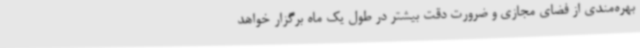
بهره‌مندی از فضای مجازی و ضرورت دقت بیشتر در طول یک ماه برگزار خواهد